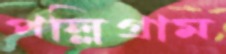
পল্লিগ্রাম